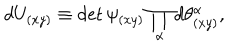
LaTeX: d U _ { ( x y ) } \equiv \det \psi _ { ( x y ) } \prod _ { \alpha } d \theta _ { ( x y ) } ^ { \alpha } ,